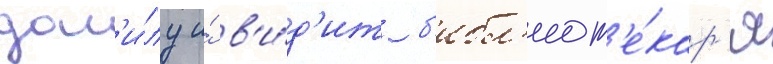
дан'и́лу и́ в'и́д'ит б'ибл'иот'е́кар'я